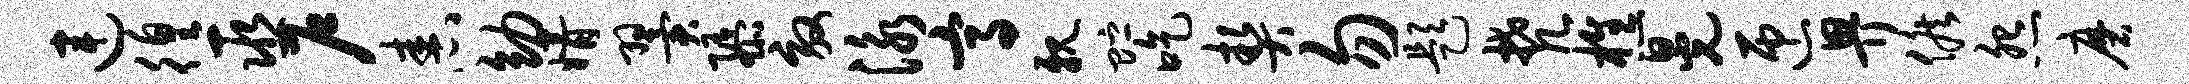
连徨巫户舂幼婿翼隳效泳高亲贮吃契勿题梵樵晃匝畀候怨磨